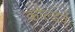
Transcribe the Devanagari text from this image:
कोल्डवे